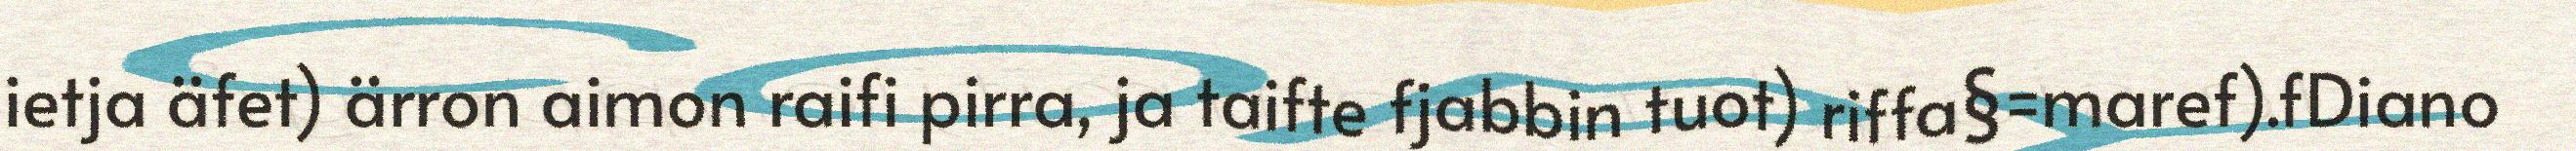
ietja äfet) ärron aimon raifi pirra, ja taifte fjabbin tuot) riffa§=maref).fDiano